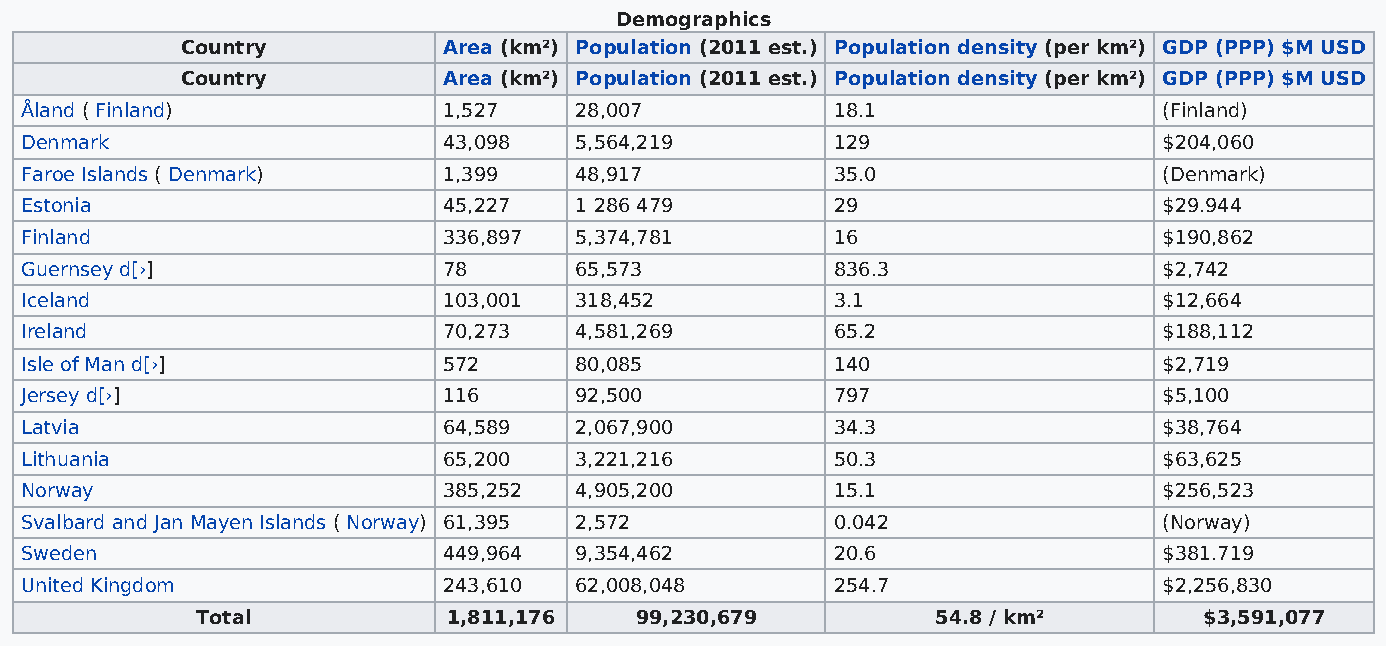
Demographics
 Country          Area (km²) Population (2011 est.) Population density (per km²) GDP (PPP) $M USD
 Country          Area (km²) Population (2011 est.) Population density (per km²) GDP (PPP) $M USD
 Åland ( Finland)            1,527    28,007           18.1                  (Finland)
 Denmark                     43,098   5,564,219        129                   $204,060
 Faroe Islands ( Denmark)    1,399    48,917           35.0                  (Denmark)
 Estonia                     45,227   1 286 479        29                    $29.944
 Finland                     336,897  5,374,781        16                    $190,862
 Guernsey d[›]               78       65,573           836.3                 $2,742
 Iceland                     103,001  318,452          3.1                   $12,664
 Ireland                     70,273   4,581,269        65.2                  $188,112
 Isle of Man d[›]            572      80,085           140                   $2,719
 Jersey d[›]                 116      92,500           797                   $5,100
 Latvia                      64,589   2,067,900        34.3                  $38,764
 Lithuania                   65,200   3,221,216        50.3                  $63,625
 Norway                      385,252  4,905,200        15.1                  $256,523
 Svalbard and Jan Mayen Islands ( Norway) 61,395 2,572 0.042                 (Norway)
 Sweden                      449,964  9,354,462        20.6                  $381.719
 United Kingdom              243,610  62,008,048       254.7                 $2,256,830
 Total            1,811,176   99,230,679          54.8 / km²        $3,591,077